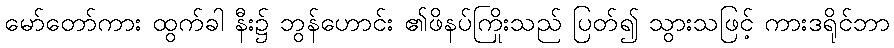
မော်တော်ကား ထွက်ခါ နီး၌ ဘွန်ဟောင်း ၏ဖိနပ်ကြိုးသည် ပြတ်၍ သွားသဖြင့် ကားဒရိုင်ဘာ